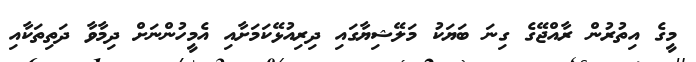
މީގެ އިތުރުން ރާއްޖޭގެ ގިނަ ބަޔަކު މަލޭޝިޔާގައި ދިރިއުޅޭކަމަށާއި އެމީހުންނަށް ދިމާވާ ދަތިތަކާއި